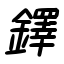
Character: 鐸